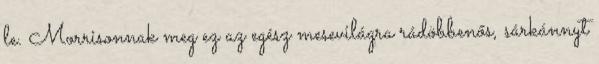
le. Morrisonnak meg ez az egész mesevilágra rádöbbenős, sárkánnyt